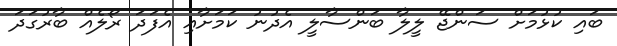
ބައި ކުޅުމަށް ސަންޖޭ ލީލާ ބަންސާލީ އެދުނު ކަމަށާއި އެފަދަ ރޯލެއް ބާރުގަދަ